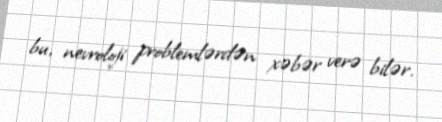
bu, nevroloji problemlərdən xəbər verə bilər.